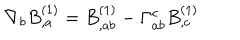
\nabla _ { b } B _ { , a } ^ { ( 1 ) } = B _ { , a b } ^ { ( 1 ) } - \Gamma _ { a b } ^ { c } B _ { , c } ^ { ( 1 ) }